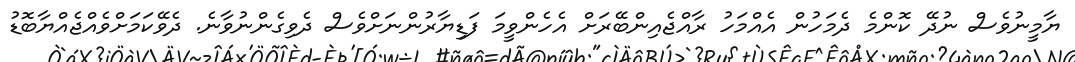
ޔާމީނުވެސް ނުދޭ ކޮންމެ ދެމަހުން އެއްމަހު ރާއްޖެއިންބޭރަށް އެހެންވީމަ ފަޑިޔާރުންނަށްވެސް ދެވިގެންނުވާނެ. ދެވޭކަމަށްވެއްޖެއްޔާބޮޑު